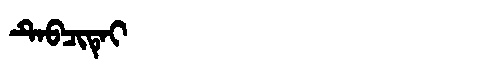
Manchu: ᡨᡝᠪᠴᡳᡨᡝᡳ
Romanization: TEBCITEI